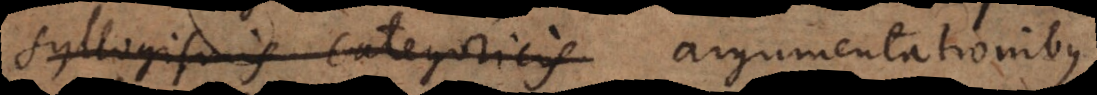
syllogismis categoricis argumentationibus